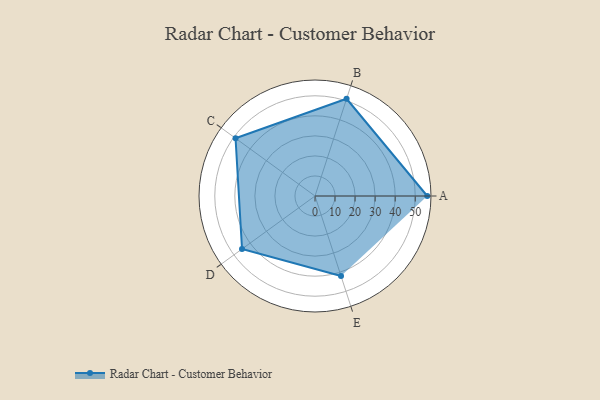
{"axis": {"x": "Skill", "y": "Score"}, "legend": ["Profile"], "data": [{"x": "A", "y": 56.0, "type": "Profile"}, {"x": "B", "y": 51.0, "type": "Profile"}, {"x": "C", "y": 49.0, "type": "Profile"}, {"x": "D", "y": 45.0, "type": "Profile"}, {"x": "E", "y": 42.0, "type": "Profile"}]}